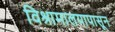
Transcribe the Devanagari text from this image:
विश्रामालयापासून